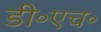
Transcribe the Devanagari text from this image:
डी॰एच॰